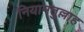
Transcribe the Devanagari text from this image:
नियामतुल्लाह